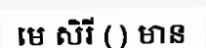
មេ សិរី ( ) មាន